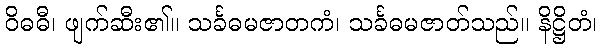
ဝိဓဓီ၊ ဖျက်ဆီး၏။ သင်္ခဓမဇာတကံ၊ သင်္ခဓမဇာတ်သည်။ နိဋ္ဌိတံ၊